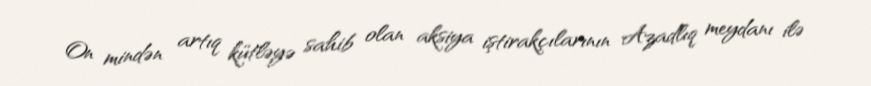
On mindən artıq kütləyə sahib olan aksiya iştirakçılarının Azadlıq meydanı ilə